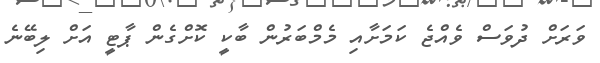
ވަރަށް ދުވަސް ވެއްޖެ ކަމަށާއި މެމްބަރުން ބާކީ ކޮށްގެން ޕާޓީ އަށް ލިބޭނެ